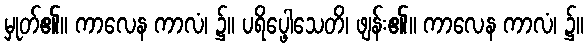
မှုတ်၏။ ကာလေန ကာလံ၊ ၌။ ပရိပ္ဖေါသေတိ၊ ဖျန်း၏။ ကာလေန ကာလံ၊ ၌။